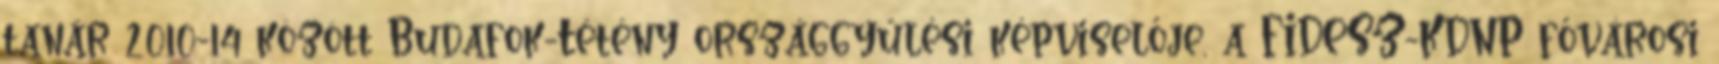
tanár 2010-14 között Budafok-Tétény országgyűlési képviselője, a FIDESZ-KDNP fővárosi